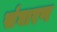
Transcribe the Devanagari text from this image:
संघारण